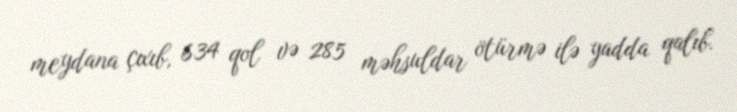
meydana çıxıb, 634 qol və 285 məhsuldar ötürmə ilə yadda qalıb.